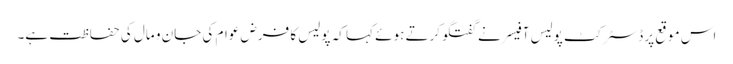
اس موقع پر ڈسٹرکٹ پولیس آفیسر نے گفتگوکرتے ہوئے کہا کہ پولیس کا فرض عوام کی جان و مال کی حفاظت ہے۔